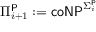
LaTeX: \Pi _ { i + 1 } ^ { \mathsf { P } } : = { \mathsf { c o N P } } ^ { \Sigma _ { i } ^ { \mathsf { P } } }